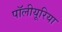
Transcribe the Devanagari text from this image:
पॉलीयूरिया